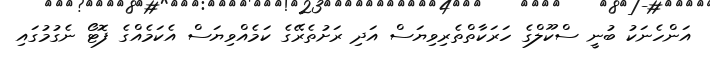
އަންހެނަކު ބުނީ ސްކޫލްގެ ހަރަކާތްތެރިވިޔަސް އަދި ރަށުތެރޭގެ ކަމެއްވިޔަސް އެކަމެއްގެ ފޮޓޯ ނެގުމުގައި